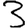
Digit: 3